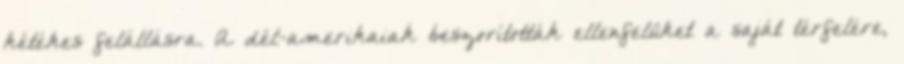
kétékes felállásra. A dél-amerikaiak beszorították ellenfelüket a saját térfelére,